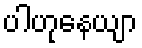
ပါဟုနေယျာ